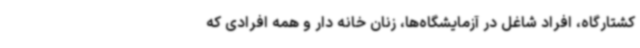
کشتارگاه، افراد شاغل در آزمایشگاه‌ها، زنان خانه دار و همه افرادی که